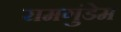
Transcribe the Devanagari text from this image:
रामगुंडेम